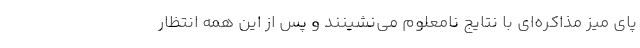
پای میز مذاکره‌ای با نتایج نامعلوم می‌نشینند و پس از این همه انتظار